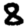
Digit: 8